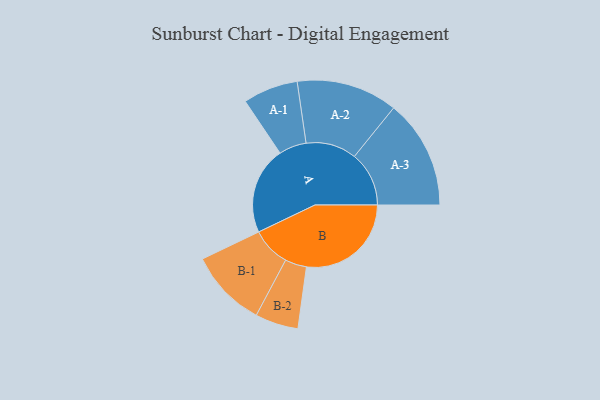
{"axis": {"x": "Segment", "y": "Value"}, "legend": ["", "A", "B"], "data": [{"x": "A", "y": 413, "type": ""}, {"x": "B", "y": 495, "type": ""}, {"x": "A-1", "y": 130, "type": "A"}, {"x": "A-2", "y": 239, "type": "A"}, {"x": "A-3", "y": 258, "type": "A"}, {"x": "B-1", "y": 184, "type": "B"}, {"x": "B-2", "y": 102, "type": "B"}]}